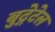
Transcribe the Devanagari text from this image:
बुद्गेटेल